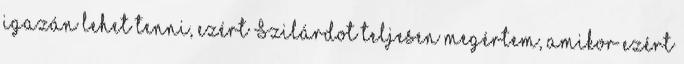
igazán lehet tenni, ezért Szilárdot teljesen megértem, amikor ezért